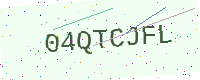
Text: 04QTCJFL